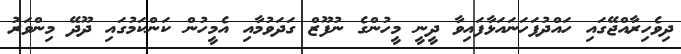
ދިވެހިރާއްޖޭގައި ހައްދުފަހަނައަޅާފައިވާ ދީނީ މީހުންގެ ނުފޫޒް ގަދަވުމާއި އެމީހުން ކަންކަމުގައި ދޫދޭ މިންވަރު